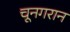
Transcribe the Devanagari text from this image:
चूनगरान